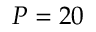
P = 2 0